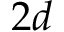
2 d